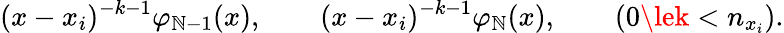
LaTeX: (x-x_{i})^{-k-1}\varphi_{\mathbb{N}-1}(x),\qquad(x-x_{i})^{-k-1}\varphi_{\mathbb{N}}(x),\qquad(0\lek<n_{x_{i}}).